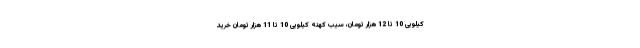
کیلویی 10 تا 12 هزار تومان، سیب کهنه کیلویی 10 تا 11 هزار تومان خرید